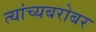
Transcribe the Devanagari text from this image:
त्यांच्यबरोबर